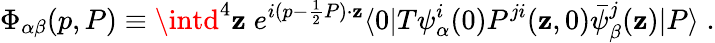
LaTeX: \Phi_{\alpha\beta}(p,P)\equiv\intd^{4}\mathbf{z}\; e^{i(p-{\frac{{1}}{{2}}}P)\cdot\mathbf{z}}\langle0|T\psi_{\alpha}^{i}(0)P^{ji}(\mathbf{z},0)\bar{{\psi}}_{\beta}^{j}(\mathbf{z})|P\rangle\; .